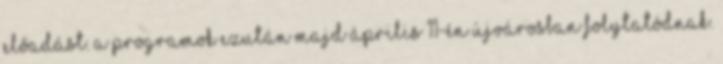
előadást. A programok ezután majd április 11-én Újvárosban folytatódnak.